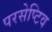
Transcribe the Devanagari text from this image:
परसेप्टिव